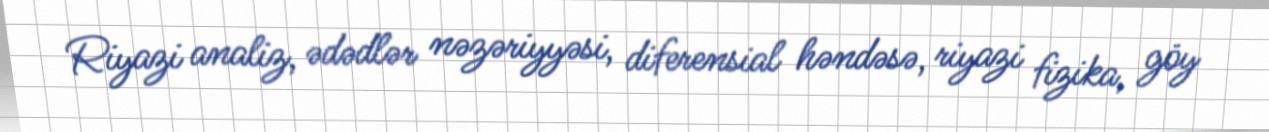
Riyazi analiz, ədədlər nəzəriyyəsi, diferensial həndəsə, riyazi fizika, göy